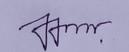
Signature authenticity: genuine